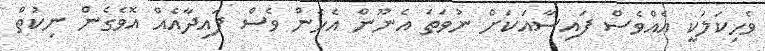
ވެހިކަލަކީ އެއްވެސް ފައިސާއަކަށް ނުވަތަ އެނޫން އެހެން ވެސް ފައިދާއެއް އޮވެގެން ނިކުތް